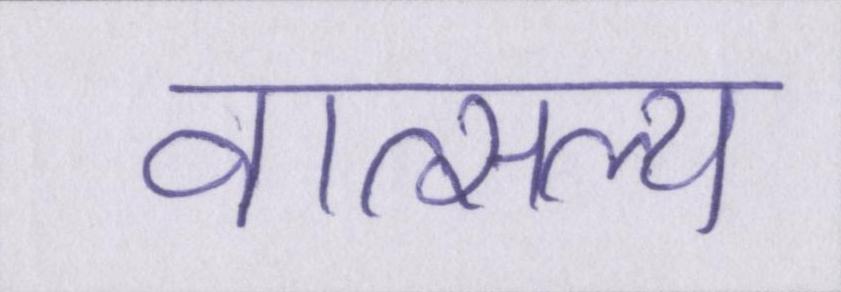
वात्सल्य